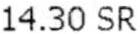
14.30 SR